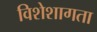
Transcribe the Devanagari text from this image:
विशेशागता